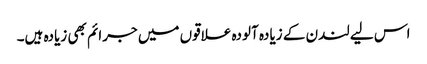
اس لیے لندن کے زیادہ آلودہ علاقوں میں جرائم بھی زیادہ ہیں۔